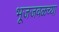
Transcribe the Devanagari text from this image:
भूजजवळच्या